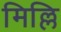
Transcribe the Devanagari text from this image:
मिल्लि